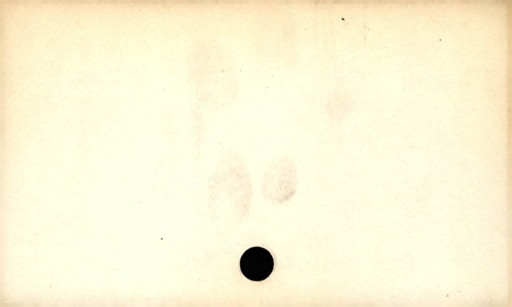
Label: blank